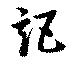
詎